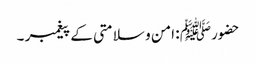
حضورﷺ : امن و سلامتی کے پیغمبر ۔